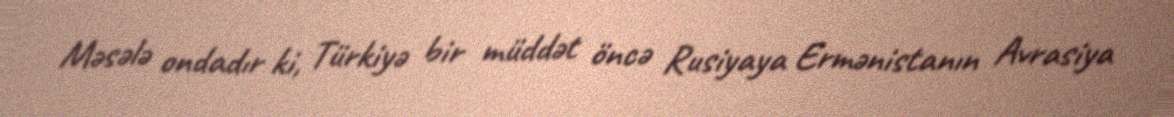
Məsələ ondadır ki, Türkiyə bir müddət öncə Rusiyaya Ermənistanın Avrasiya